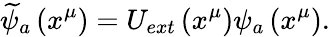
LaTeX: \widetilde{\psi}_{a}\left(x^{\mu}\right)=U_{ext}\left(x^{\mu}\right)\psi_{a}\left(x^{\mu}\right).